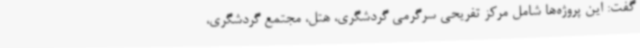
گفت: این پروژه‌ها شامل مرکز تفریحی سرگرمی گردشگری، هتل، مجتمع گردشگری،